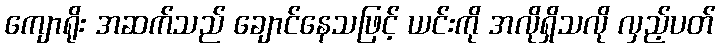
ကျောရိုး အဆက်သည် ချောင်နေသဖြင့် ယင်းကို အလိုရှိသလို လှည့်ပတ်